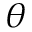
\theta